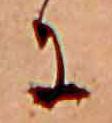
に